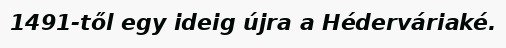
1491-től egy ideig újra a Héderváriaké.